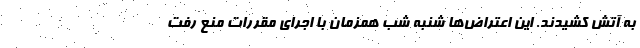
به آتش کشیدند. این اعتراض‌ها شنبه شب همزمان با اجرای مقررات منع رفت